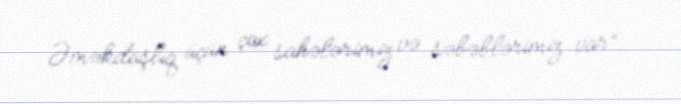
Əməkdaşlıq üçün çox sahələrimiz və səbəblərimiz var”.